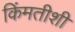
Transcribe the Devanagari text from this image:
किंमतीशी